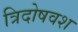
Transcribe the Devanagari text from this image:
त्रिदोषवश